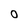
Character: 0